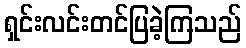
ရှင်းလင်းတင်ပြခဲ့ကြသည်